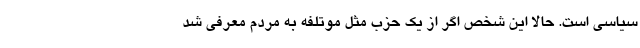
سیاسی است. حالا این شخص اگر از یک حزب مثل موتلفه به مردم معرفی شد